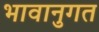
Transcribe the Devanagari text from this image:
भावानुगत